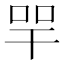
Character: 𢆔